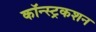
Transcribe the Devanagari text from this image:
कॉन्स्ट्रकशन